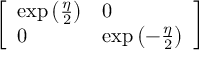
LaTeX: \left[ \begin{array} { l l } { \exp \left( { \frac { \eta } { 2 } } \right) } & { 0 } \\ { 0 } & { \exp \left( - { \frac { \eta } { 2 } } \right) } \end{array} \right]